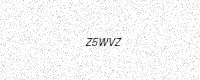
Text: Z5WVZ